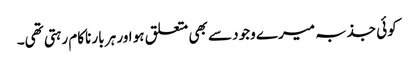
کوئی جذبہ میرے وجود سے بھی متعلق ہو اور ہر بار ناکام رہتی تھی۔